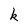
Character: k